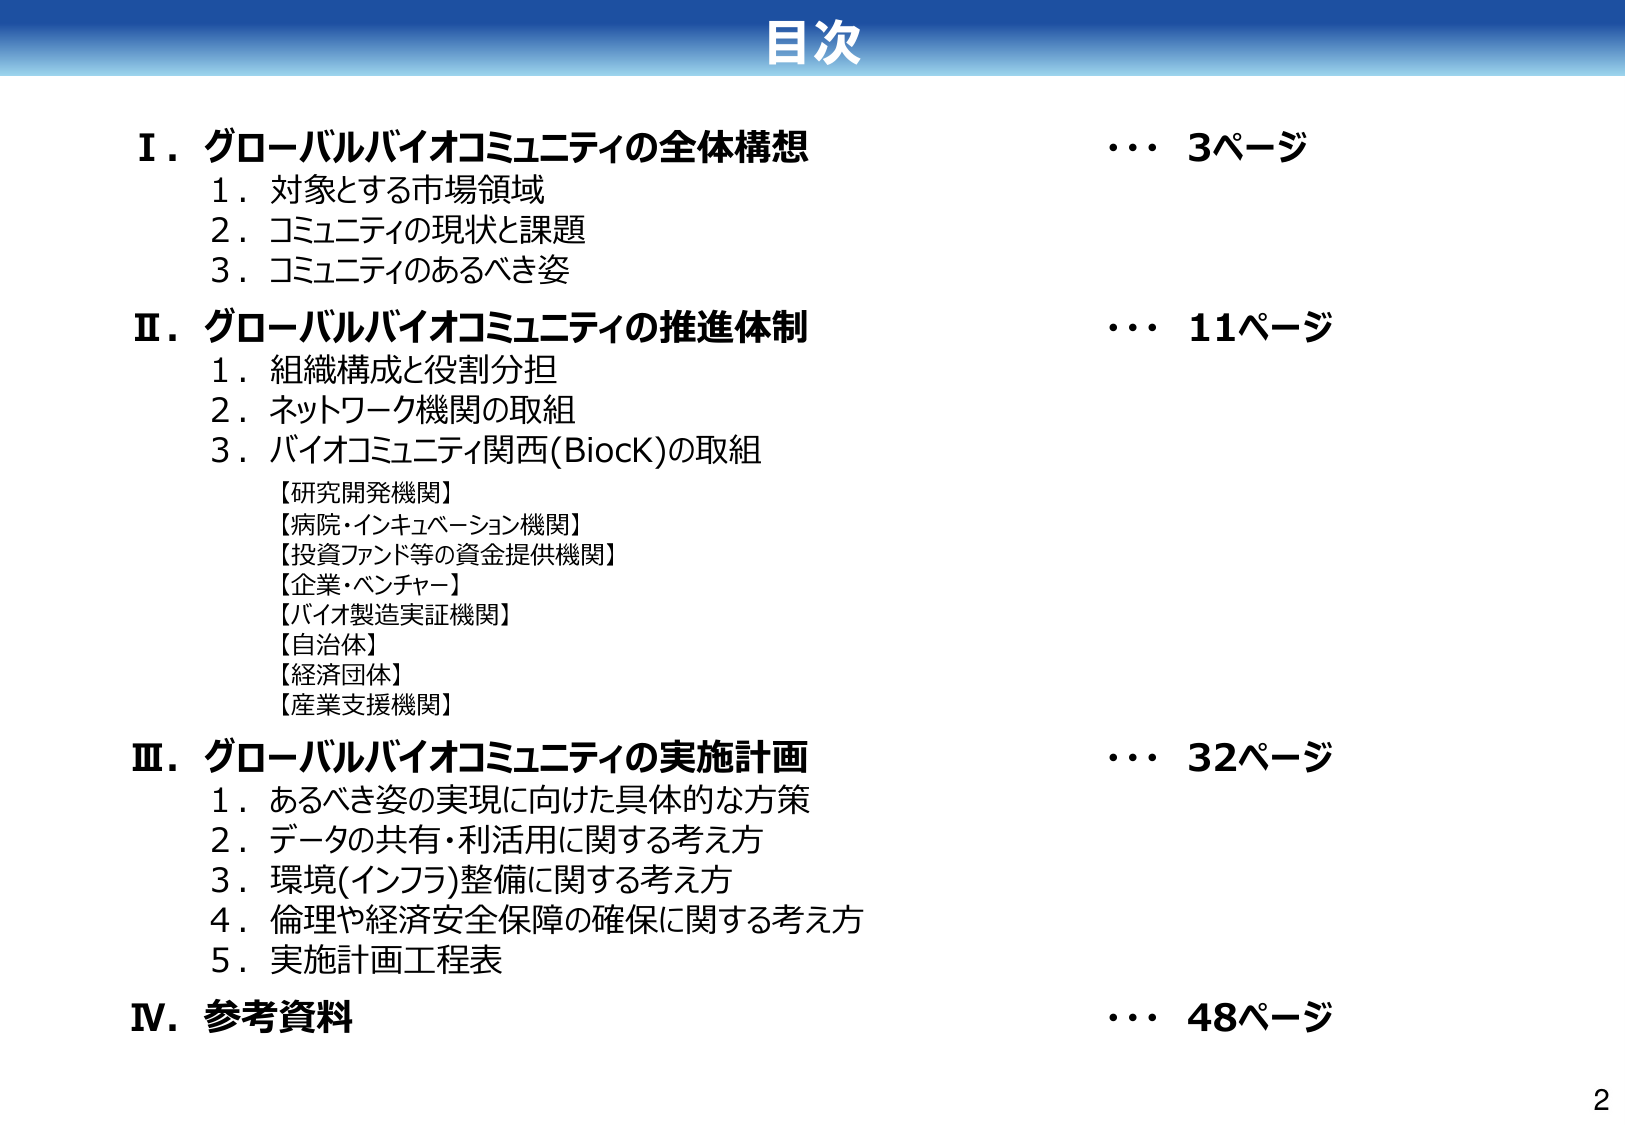
目次

Ⅰ．グローバルバイオコミュニティの全体構想 … 3ページ
　1．対象とする市場領域
　2．コミュニティの現状と課題
　3．コミュニティのあるべき姿

Ⅱ．グローバルバイオコミュニティの推進体制 … 11ページ
　1．組織構成と役割分担
　2．ネットワーク機関の取組
　3．バイオコミュニティ関西(BioCK)の取組
　　【研究開発機関】
　　【病院・インキュベーション機関】
　　【投資ファンド等の資金提供機関】
　　【企業・ベンチャー】
　　【バイオ製造実証機関】
　　【自治体】
　　【経済団体】
　　【産業支援機関】

Ⅲ．グローバルバイオコミュニティの実施計画 … 32ページ
　1．あるべき姿の実現に向けた具体的な方策
　2．データの共有・利活用に関する考え方
　3．環境(インフラ)整備に関する考え方
　4．倫理や経済安全保障の確保に関する考え方
　5．実施計画工程表

Ⅳ．参考資料 … 48ページ

2